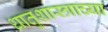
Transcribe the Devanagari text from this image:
धातुशास्त्राच्या